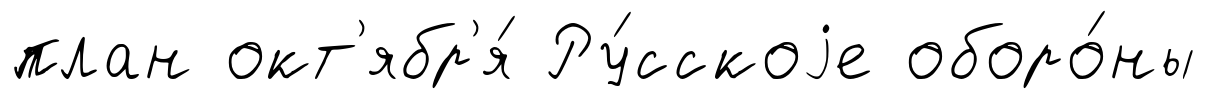
план окт'ябр'я́ Ру́сскоjе оборо́ны